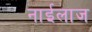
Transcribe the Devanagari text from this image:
नाईलाज